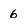
Character: 6